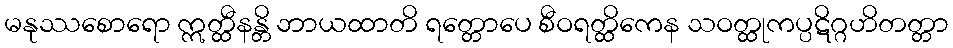
မနုဿစောရော ဣတ္ထီနန္တိ ဘာယထာတိ ရတ္တောပေ စီဝရတ္ထိကေန သဝတ္ထုကပ္ပဋိဂ္ဂဟိတတ္တာ